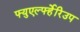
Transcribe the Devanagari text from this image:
फ्युएर्ल्फ्हेरिउप